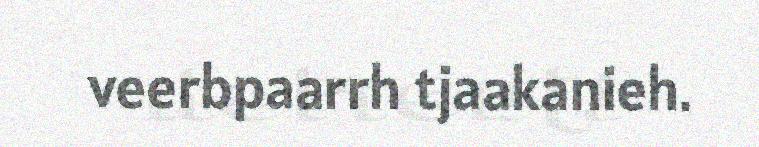
veerbpaarrh tjaakanieh.